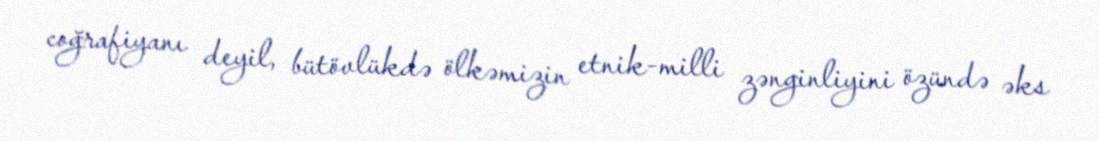
coğrafiyanı deyil, bütövlükdə ölkəmizin etnik-milli zənginliyini özündə əks